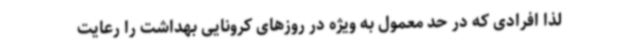
لذا افرادی که در حد معمول به ویژه در روزهای کرونایی بهداشت را رعایت